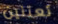
تعتنين